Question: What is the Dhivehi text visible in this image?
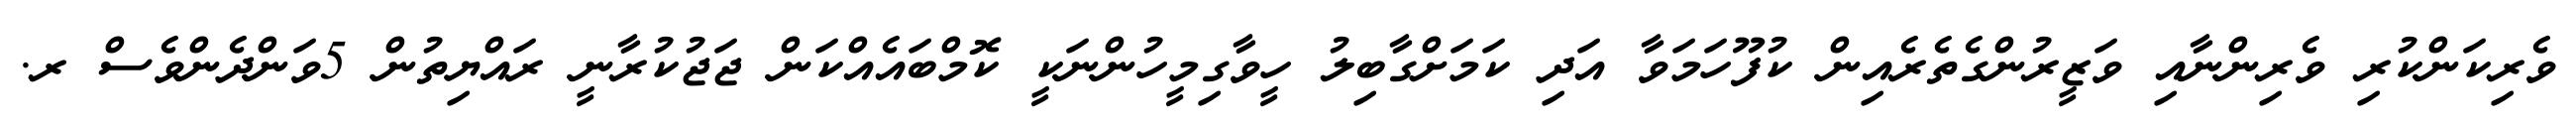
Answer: ވެރިކަންކުރި ވެރިންނާއި ވަޒީރުންގެތެރެއިން ކުފޫހަމަވާ އަދި ކަމަށްގާބިލު ހީވާގިމީހުންނަކީ ކޮމްބައެއްކަން ޖަޖުކުރާނީ ރައްޔިތުން 5ވަންދެންވެސް ރ.